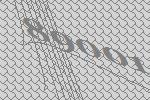
89001